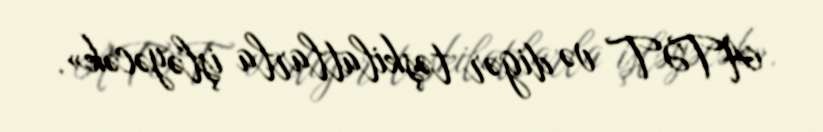
ATƏT və digər təşkilatlarla işləyəcək».